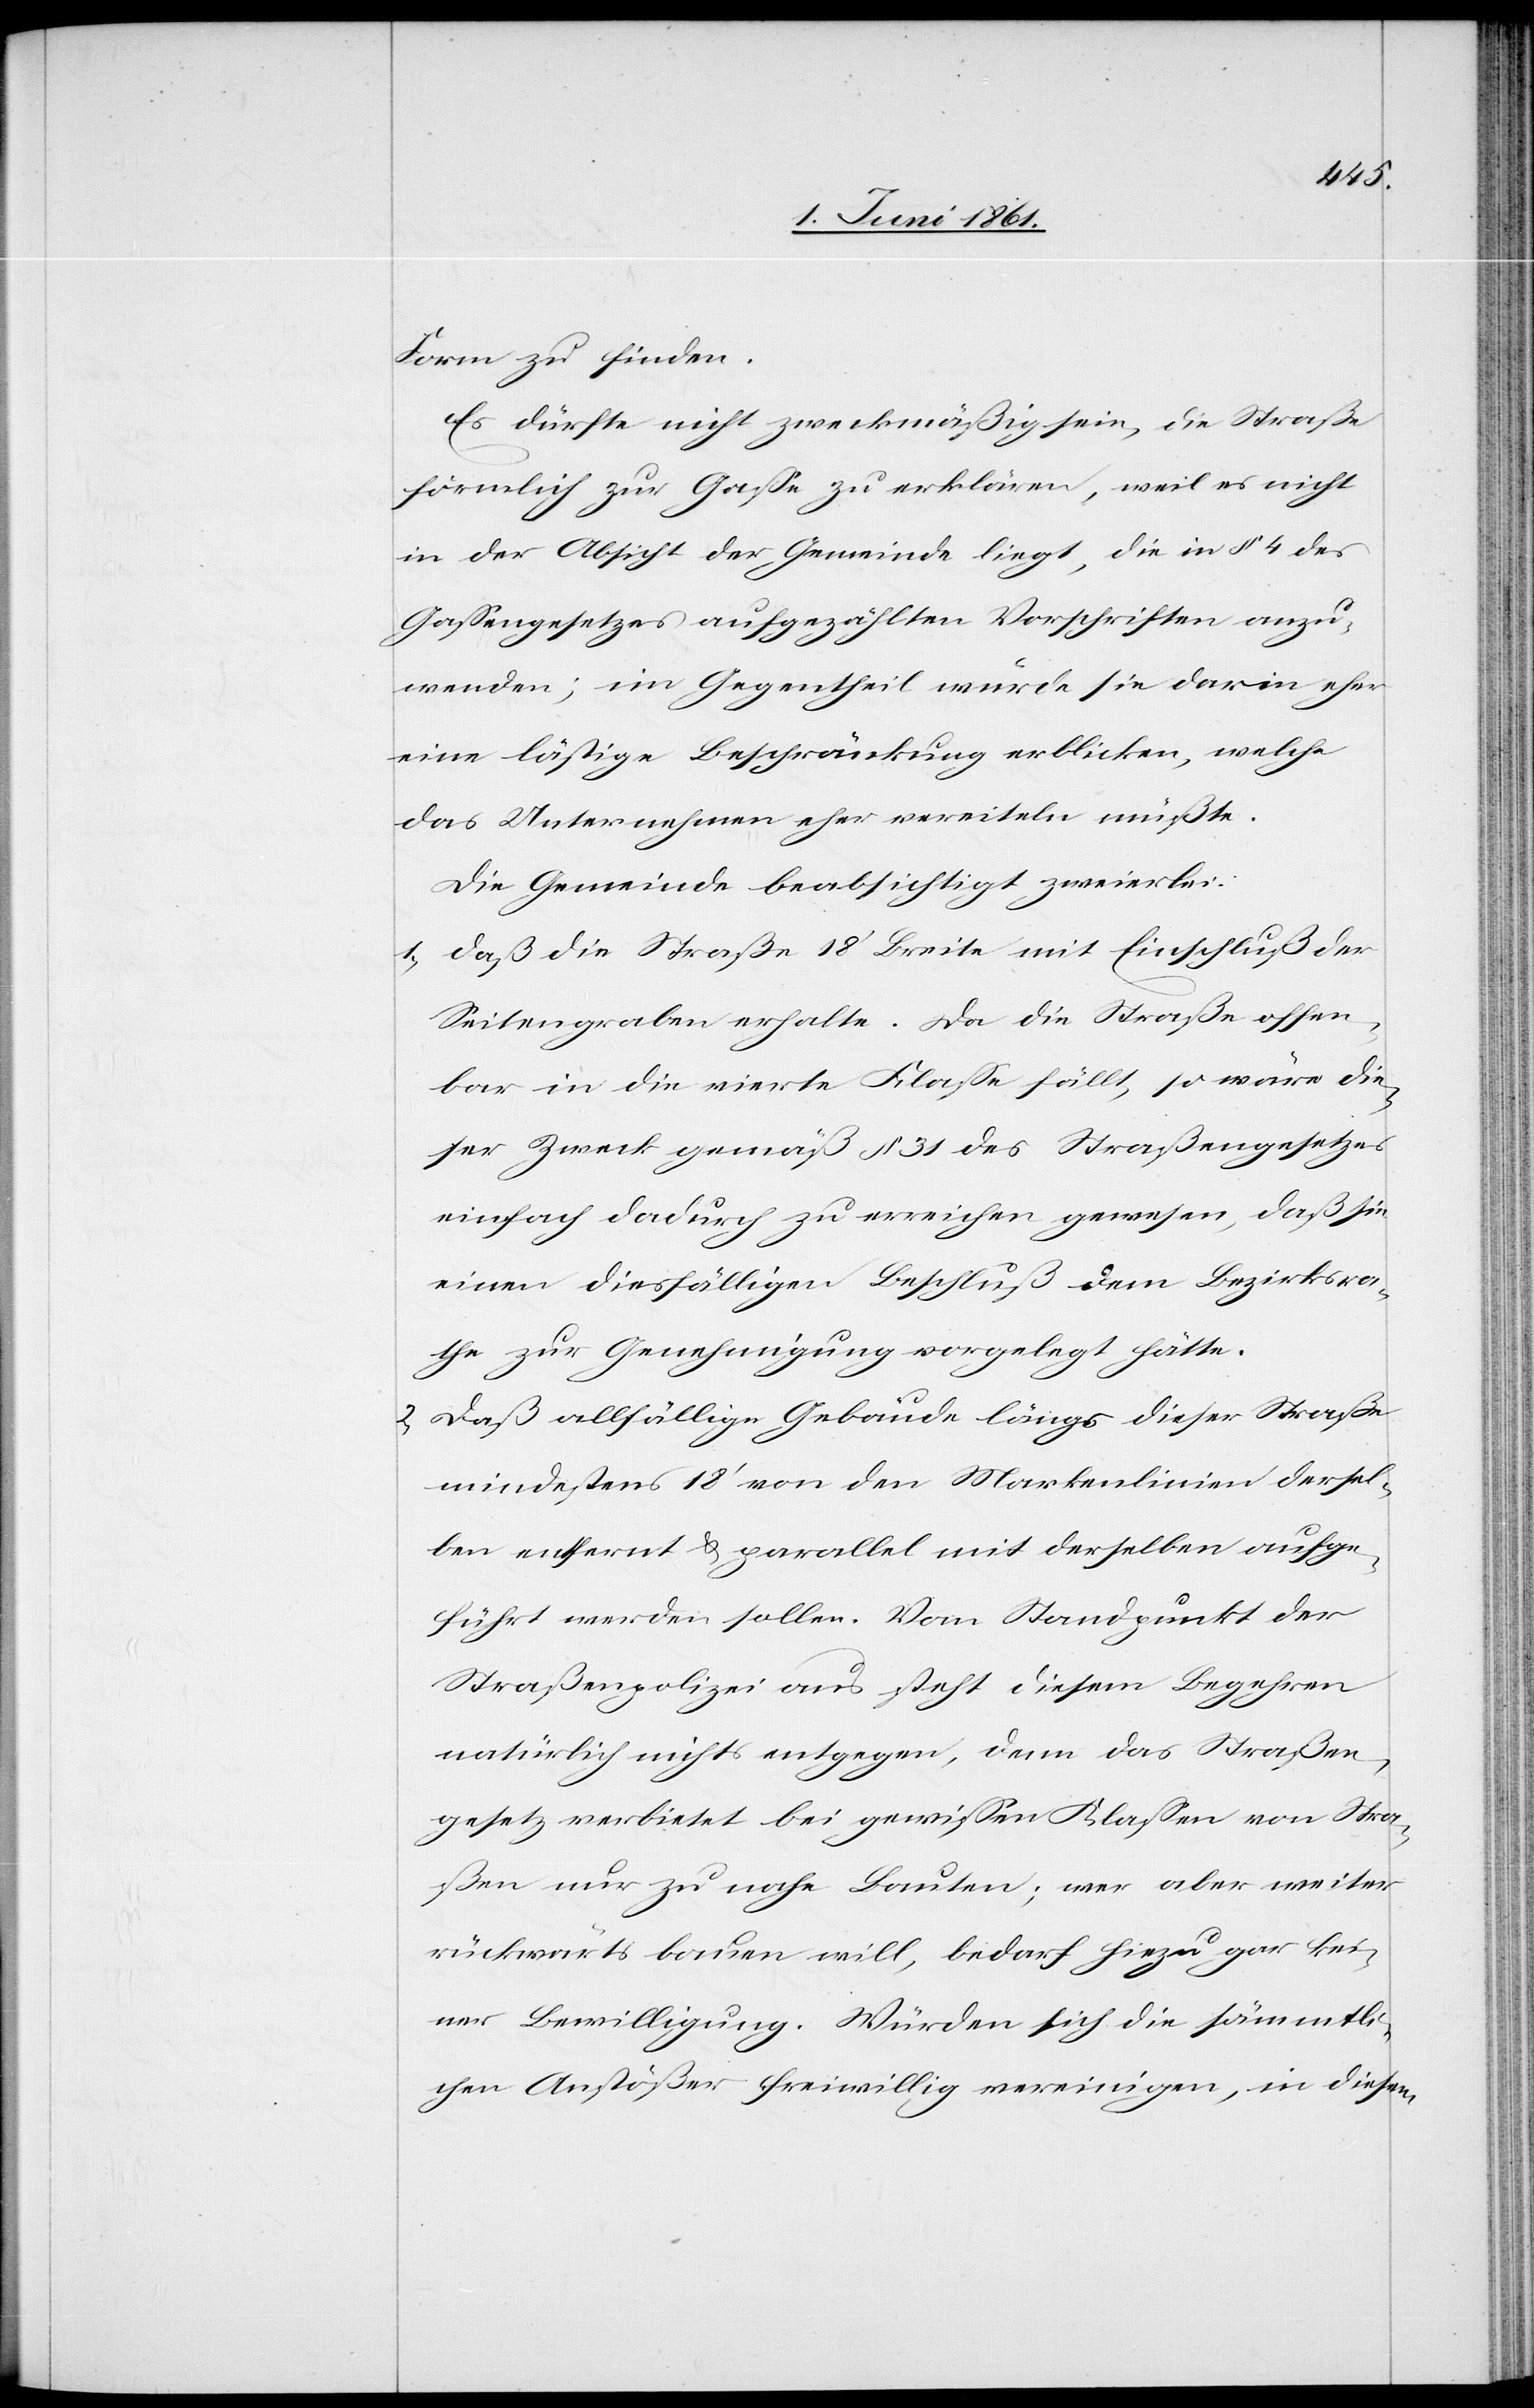
Form zu finden.
Es dürfte nicht zweckmäßig sein, die Straße
förmlich zur Gasse zu erklären, weil es nicht
in der Absicht der Gemeinde liegt, die in § 4 des
Gassengesetzes aufgezählten Vorschriften anzu¬
wenden; im Gegentheil würde sie darin eher
eine lästige Beschränkung erblicken, welche
das Unternehmen eher vereiteln müßte.
Die Gemeinde beabsichtigt zweierlei:
1) daß die Straße 18’ Breite mit Einschluß der
Seitengraben erhalte. Da die Straße offen¬
bar in die vierte Klasse fällt, so wäre die¬
ser Zweck gemäß § 31 des Straßengesetzes
einfach dadurch zu erreichen gewesen, daß sie
einen diesfälligen Beschluß dem Bezirksra¬
the zur Genehmigung vorgelegt hätte.
2) daß allfällige Gebäude längs dieser Straße
mindestens 18’ von den Markenlinien dersel¬
ben entfernt u. parallel mit derselben aufge¬
führt werden sollen. Vom Standpunkt der
Straßenpolizei aus steht diesem Begehren
natürlich nichts entgegen, denn das Straßen¬
gesetz verbietet bei gewissen Klassen von Stra¬
ßen nur zu nahe Bauten; wer aber weiter
rückwärts bauen will, bedarf hiezu gar kei¬
ner Bewilligung. Würden sich die sämmtli¬
chen Anstößer freiwillig vereinigen, in diesem